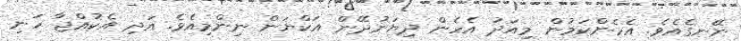
ނޭނގެއެވެ. އެހެންކަމުން މިއަދު އެހެން ދިޔަނުދޭން އަކްޔަން ނިންމިއެވެ. އަދި އެކުއްޖާ ހަނި